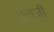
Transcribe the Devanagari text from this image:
प्रव्राजी